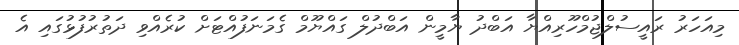
މިއަހަރު ރައީސުލްޖުމްހޫރިއްޔާ އަބްދު ޔާމީން އަބްދުލް ގައްޔޫމް ގެމަނަފުއްޓަށް ކުރެއްވި ދަތުރުފުޅުގައި އެ